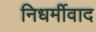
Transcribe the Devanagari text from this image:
निधर्मीवाद